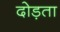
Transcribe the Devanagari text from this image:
दोड़ता